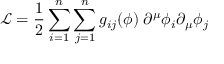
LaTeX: { \mathcal { L } } = { \frac { 1 } { 2 } } \sum _ { i = 1 } ^ { n } \sum _ { j = 1 } ^ { n } g _ { i j } ( \phi ) \; \partial ^ { \mu } \phi _ { i } \partial _ { \mu } \phi _ { j }